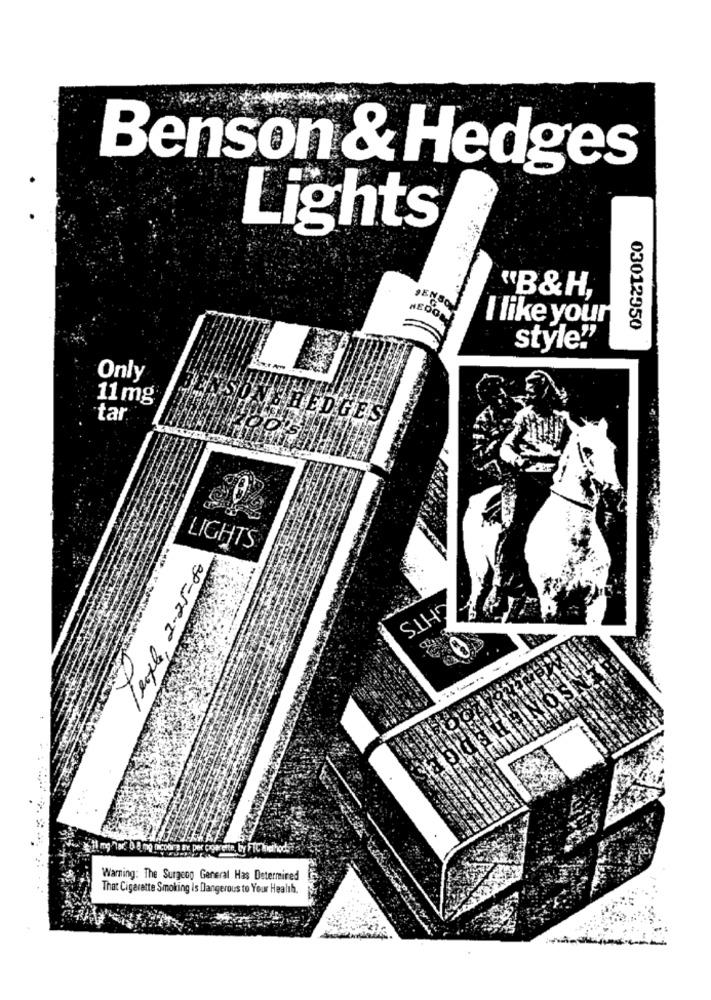
Benson & Hedges
Lights
"B&H,
I like your
03012950
style""
Only
11 mg
tar
SLEDGE'S
LIGHTS
Texte, 2-25-80
GHTS
Warning: The Surgeon General Has Determined
That Cigarette Smoking Is Dangerous to Your Health.